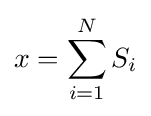
x=\sum _{i=1}^{N}S_{i}